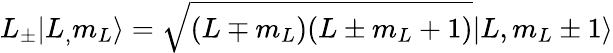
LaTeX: L_{\pm}|L_{,}m_{L}\rangle={\sqrt{(L\mp m_{L})(L\pm m_{L}+1)}}|L,m_{L}\pm 1\rangle